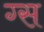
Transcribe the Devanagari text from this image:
ग्स